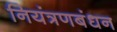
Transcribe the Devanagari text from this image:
नियंत्रणबंधन